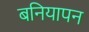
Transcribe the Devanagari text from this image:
बनियापन